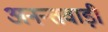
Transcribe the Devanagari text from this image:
अनन्तवाड़ी